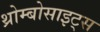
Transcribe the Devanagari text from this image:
थ्रोम्बोसाइट्स